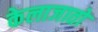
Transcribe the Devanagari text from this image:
केलाजातो